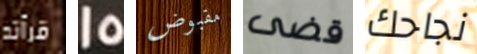
قرأته 15 مقبوض قضى نجاحك